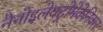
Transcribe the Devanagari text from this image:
नैनोइलेक्ट्रोमेकेनिकल